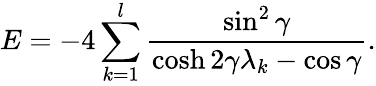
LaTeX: E=-4\sum_{k=1}^{l}\frac{\sin^{2}\gamma}{\cosh 2\gamma\lambda_{k}-\cos\gamma}.